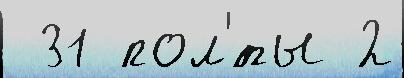
 31 пол'́ты 2